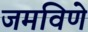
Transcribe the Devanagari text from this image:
जमविणे